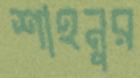
শাহনুর